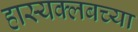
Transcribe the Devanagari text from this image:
हास्यक्लबच्या